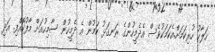
ހަލާކު ހުރިކަމަށް.އެކަމަކުވެސް އެދެމީހުންގެ ރަނގަޅު ކަމުން އެ ދެމީހުން ސާމިހުއަށް މާފުކޮއްފި. އަދި